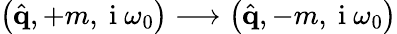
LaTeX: \left(\hat{\mathbf{q}},+m,\mathrm{~i~}\omega_{0}\right)\longrightarrow\left(\hat{\mathbf{q}},-m,\mathrm{~i~}\omega_{0}\right)